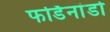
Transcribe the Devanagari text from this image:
फर्डिनांडो